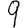
Digit: 9